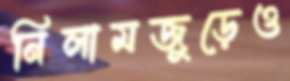
নিলামজুড়েও